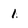
Character: 1